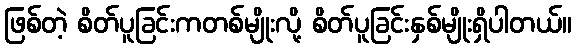
ဖြစ်တဲ့ စိတ်ပူခြင်းကတစ်မျိုးလို့ စိတ်ပူခြင်းနှစ်မျိုးရှိပါတယ်။